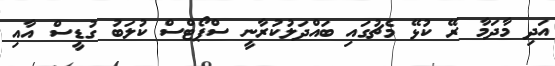
އަދި މާދަމާ ރޭ ކުޅޭ މެޗުގައި ބައްދަލުކުރާނީ ސްޕޯޓްސް ކުލަބު ގުޑީސް އާއި